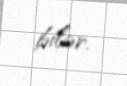
bilər.